Investigations into the jail dietaries of the United Provinces with some observations on the influence of dietary on the physical development and well-being of the people of the United Provinces - Number 48
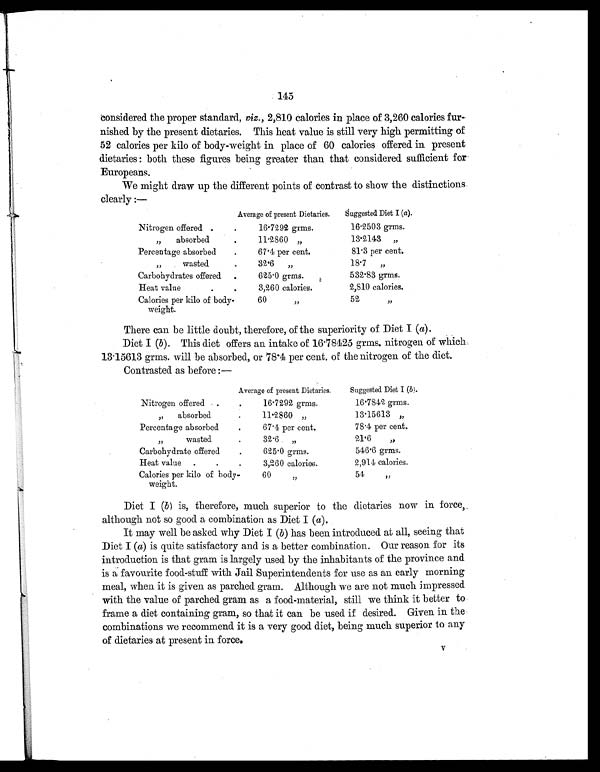
145
considered the proper standard, viz., 2,810 calories in place of 3,260 calories fur-
nished by the present dietaries. This heat value is still very high permitting of
52 calories per kilo of body-weight in place of 60 calories offered in present
dietaries : both these figures being greater than that considered sufficient for
Europeans.
We might draw up the different points of contrast to show the distinctions
clearly :—
Average of present Dietaries.
Suggested Diet I (a).
Nitrogen offered .
.
16.7292 grms.
16.2503 grms.
„ absorbed
.
11.2860 „
13.2143 „
Percentage absorbed
.
67.4 per cent.
81.3 per cent.
,, wasted
.
32.6 „
18.7 „
Carbohydrates offered .
625.0 grms.
532.83 grms.
Heat value
.
.
3,260 calories.
2,810 calories.
Calories per kilo of body-
weight.
60 „
52 ,,
There can be little doubt, therefore, of the superiority of Diet I ( a).
Diet I (b). This diet offers an intake of 16.78425 grms. nitrogen of which
13.15613 grms. will be absorbed, or 78.4 per cent. of the nitrogen of the diet.
Contrasted as before :—
Average of present Dietaries.
Suggested Diet I (b).
Nitrogen offered .
.
16.7292 grms.
16.7842 grms.
,, absorbed
.
11.2860 „
13.15613 „
Percentage absorbed
.
67.4 per cent.
78.4 per cent.
„ wasted
.
32.6 „
21.6 „
Carbohydrate offered
. 625.0 grms.
546.6 grms.
Heat value .
.
.
3,260 calories.
2,914 calories.
Calories per kilo of body-
weight.
60 „
54 „
Diet I (b ) is, therefore, much superior to the dietaries now in force,
although not so good a combination as Diet I (a).
It may well be asked why Diet I ( b) has been introduced at all, seeing that
Diet I (a) is quite satisfactory and is a better combination. Our reason for its
introduction is that gram is largely used by the inhabitants of the province and
is a favourite food-stuff with Jail Superintendents for use as an early morning
meal, when it is given as parched gram. Although we are not much impressed
with the value of parched gram as a food-material, still we think it better to
frame a diet containing gram, so that it can be used if desired. Given in the
combinations we recommend it is a very good diet, being much superior to any
of dietaries at present in force.
V